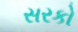
સરકો